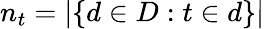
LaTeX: n_{t}=|\{ d\in D:t\in d\} |